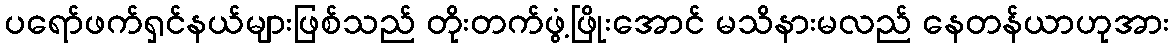
ပရော်ဖက်ရှင်နယ်များဖြစ်သည် တိုးတက်ဖွံ့ဖြိုးအောင် မသိနားမလည် နေတန်ယာဟုအား